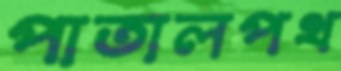
পাতালপথ